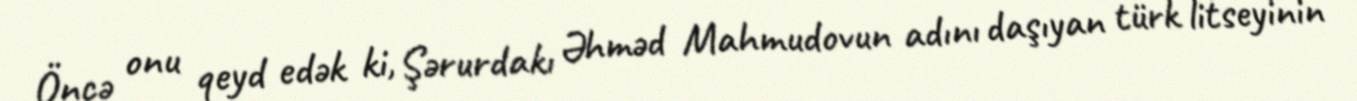
Öncə onu qeyd edək ki, Şərurdakı Əhməd Mahmudovun adını daşıyan türk litseyinin